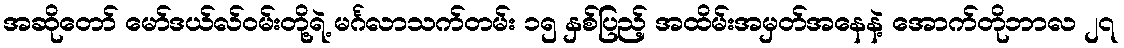
အဆိုတော် မော်ဒယ်လ်ဝမ်းတို့ရဲ့ မင်္ဂလာသက်တမ်း ၁၅ နှစ်ပြည့် အထိမ်းအမှတ်အနေနဲ့ အောက်တိုဘာလ ၂၇